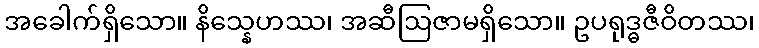
အခေါက်ရှိသော။ နိသ္နေဟဿ၊ အဆီဩဇာမရှိသော။ ဥပရုဒ္ဓဇီဝိတဿ၊